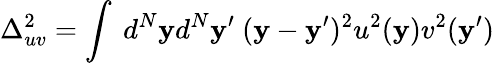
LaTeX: \Delta_{uv}^{2}=\int~d^{N}\mathbf{y}d^{N}\mathbf{y}^{\prime}~(\mathbf{y}-\mathbf{y}^{\prime})^{2}u^{2}(\mathbf{y})v^{2}(\mathbf{y}^{\prime})